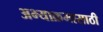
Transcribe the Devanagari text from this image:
अभ्याक्रमासाठी